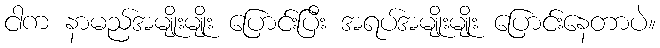
ငါက နာမည်အမျိုးမျိုး ပြောင်းပြီး အရပ်အမျိုးမျိုး ပြောင်းနေတာပဲ။